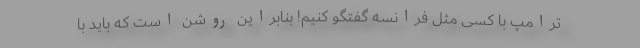
ترامپ با کسی مثل فرانسه گفتگو کنیم! بنابراین روشن است که باید با